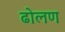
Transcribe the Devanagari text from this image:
ढोलण